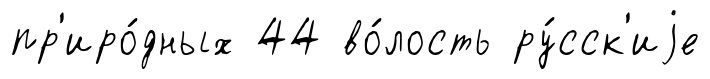
пр'иро́дных 44 во́лость ру́сск'иjе